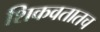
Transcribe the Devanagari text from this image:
शिकवतातच